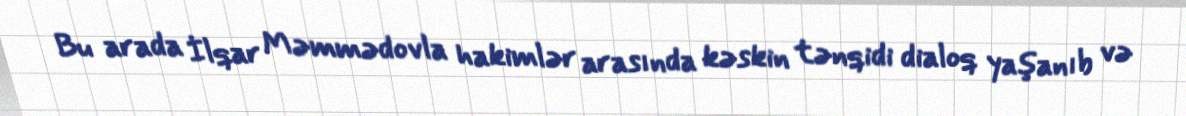
Bu arada İlqar Məmmədovla hakimlər arasında kəskin tənqidi dialoq yaşanıb və